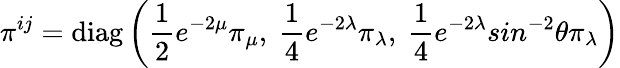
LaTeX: \pi^{ij}=\mathrm{diag}\left(\frac{1}{2}e^{-2\mu}\pi_{\mu},~\frac{1}{4}e^{-2\lambda}\pi_{\lambda},~\frac{1}{4}e^{-2\lambda}sin^{-2}\theta\pi_{\lambda}\right)